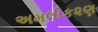
અમલીક૨ણ